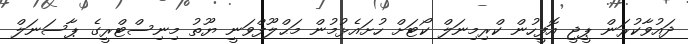
ދައުވާކުރަން ޕީޖީ އޮފީހުން ކްރިމިނަލް ކޯޓަށް ހުށައެޅުމުން މަޙްލޫފްވަނީ ޔޫތު މިނިސްޓްރީގެ ޕާސަނަލް